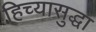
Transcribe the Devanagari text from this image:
हिच्यासुद्धा